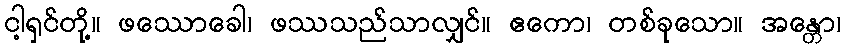
ငါ့ရှင်တို့။ ဖဿောခေါ၊ ဖဿသည်သာလျှင်။ ဧကော၊ တစ်ခုသော။ အန္တော၊